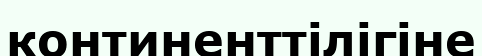
континенттілігіне